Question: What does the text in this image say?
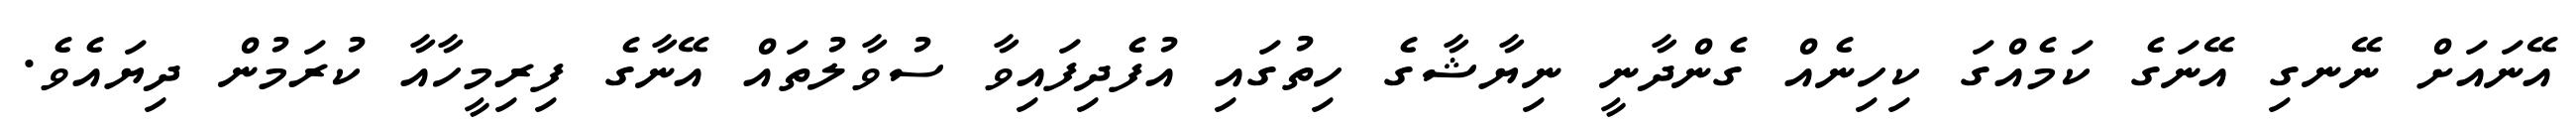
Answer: އޭނައަށް ނޭނގި އޭނަގެ ކަމެއްގަ ކިހިނެއް ގެންދާނީ ނިޔާޝާގެ ހިތުގައި އުފެދިފައިވާ ސުވާލުތައް އޭނާގެ ފިރިމީހާއާ ކުރަމުން ދިޔައެވެ.